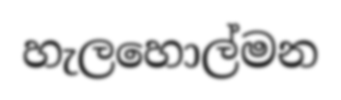
හැලහොල්මන